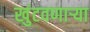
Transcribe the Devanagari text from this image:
खुंटवणाऱ्या